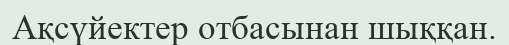
Ақсүйектер отбасынан шыққан.